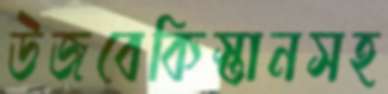
উজবেকিস্তানসহ